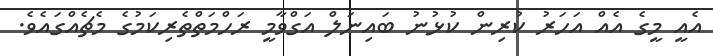
އެއީ މީގެ އެއް އަހަރު ކުރިން ކުޅުނު ބައިނަލް އަގްވާމީ ރަހްމަތްތެރިކަމުގެ މެޗެއްގައެވެ.